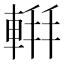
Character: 𫏹